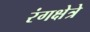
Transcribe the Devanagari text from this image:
रंगक्षेत्रे